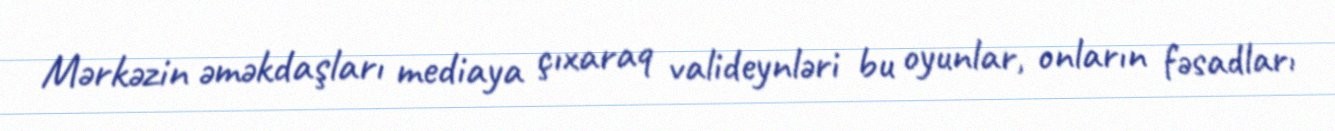
Mərkəzin əməkdaşları mediaya çıxaraq valideynləri bu oyunlar, onların fəsadları